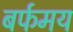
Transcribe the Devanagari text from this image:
बर्फमय